Civil Veterinary Department. Central Provinces & Berar 1932-41 - 1932-1941
Year: 1932
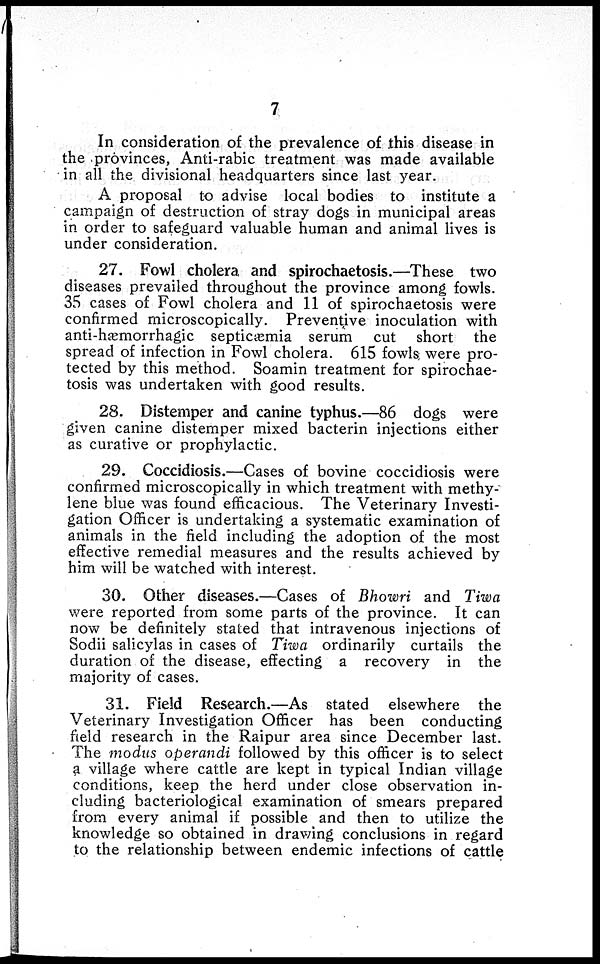
7
In consideration of the prevalence of this disease in
the provinces, Anti-rabic treatment was made available
in all the divisional headquarters since last year.
A proposal to advise local bodies to institute a
campaign of destruction of stray dogs in municipal areas
in order to safeguard valuable human and animal lives is
under consideration.
27. Fowl cholera and spirochaetosis.—These two
diseases prevailed throughout the province among fowls.
35 cases of Fowl cholera and 11 of spirochaetosis were
confirmed microscopically. Preventive inoculation with
anti-hæmorrhagic septicæmia serum cut short the
spread of infection in Fowl cholera. 615 fowls were pro-
tected by this method. Soamin treatment for spirochae-
tosis was undertaken with good results.
28. Distemper and canine typhus.—86 dogs were
given canine distemper mixed bacterin injections either
as curative or prophylactic.
29. Coccidiosis.—Cases of bovine coccidiosis were
confirmed microscopically in which treatment with methy-
lene blue was found efficacious. The Veterinary Investi-
gation Officer is undertaking a systematic examination of
animals in the field including the adoption of the most
effective remedial measures and the results achieved by
him will be watched with interest.
30. Other diseases.—Cases of Bhowri and Tiwa
were reported from some parts of the province. It can
now be definitely stated that intravenous injections of
Sodii salicylas in cases of Tiwa ordinarily curtails the
duration of the disease, effecting a recovery in the
majority of cases.
31. Field Research.—As stated elsewhere the
Veterinary Investigation Officer has been conducting
field research in the Raipur area since December last.
The modus operandi followed by this officer is to select
a village where cattle are kept in typical Indian village
conditions, keep the herd under close observation in-
cluding bacteriological examination of smears prepared
from every animal if possible and then to utilize the
knowledge so obtained in drawing conclusions in regard
to the relationship between endemic infections of cattle